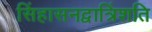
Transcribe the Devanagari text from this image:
सिंहासनद्वात्रिंशति